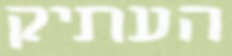
העתיק